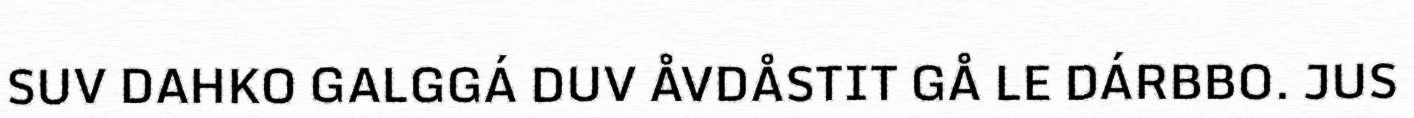
SUV DAHKO GALGGÁ DUV ÅVDÅSTIT GÅ LE DÁRBBO. JUS